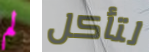
لم لتأكل